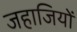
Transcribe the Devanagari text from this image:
जहाजियों